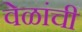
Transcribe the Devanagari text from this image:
वेळांची